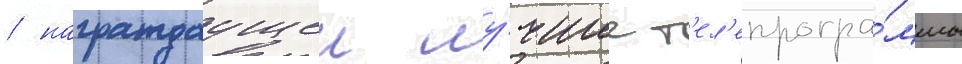
/ награждаущеи лу́чшие т'ел'епрогра́ммы